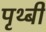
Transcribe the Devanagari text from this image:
पृथ्बी